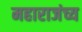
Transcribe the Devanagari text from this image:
महाराजंच्य